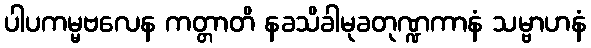
ပါပကမ္မဗလေန ကတ္တာတိ နခသိခါမုခတုဏ္ဍကာနံ သမ္ဗာဟနံ